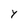
Character: Y